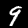
Label: 9